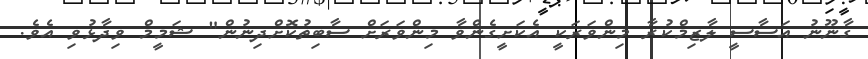
ގާނޫނު އަސާސީ ލާޒިމްކުރާ މިންވަރަކީ އެކަށީގެންވާ މިންވަރަށް ސާބިތުކޮށްދިނުން" ޝަމީމް ވިދާޅުވި އެވެ.